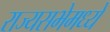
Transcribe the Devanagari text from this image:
राज्यसभेमध्ये